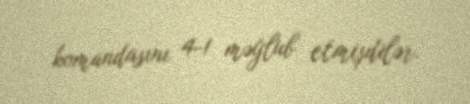
komandasını 4-1 məğlub etmişdilər.